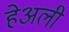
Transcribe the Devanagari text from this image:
हेअली